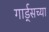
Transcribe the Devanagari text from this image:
गार्ड्‌सच्या